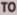
TO